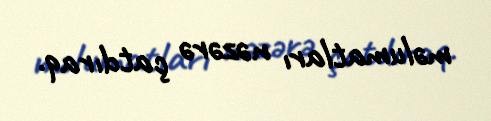
məlumatları nəzərə çatdıraq.